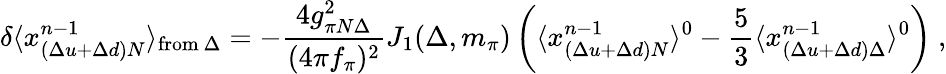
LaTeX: \delta\langle x_{(\Delta u+\Delta d)N}^{n-1}\rangle_{\mathrm{from}~\Delta}=-{\frac{4g_{\pi N\Delta}^{2}}{(4\pi f_{\pi})^{2}}}J_{1}(\Delta,m_{\pi})\left(\langle x_{(\Delta u+\Delta d)N}^{n-1}\rangle^{0}-{\frac{5}{3}}\langle x_{(\Delta u+\Delta d)\Delta}^{n-1}\rangle^{0}\right)\ ,